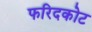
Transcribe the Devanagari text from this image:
फरिदकोट